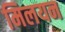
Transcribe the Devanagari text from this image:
मिलयन